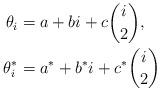
LaTeX: \begin{align*} \theta_i & = a+ bi + c\binom{i}{2}, \\ \theta^*_i & = a^*+ b^*i + c^*\binom{i}{2} \end{align*}